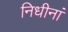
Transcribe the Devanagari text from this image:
निधीनां